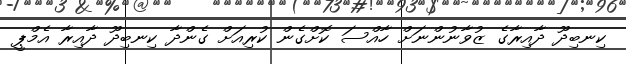
ކިނބިދޫ ދާއިރާގެ ޒުވާނުންނަށް ހާއްސަ ކޮށްގެން ކުރިއަށް ގެންދާ ކިނބިދޫ ދާއިރާ އެމްޕީ